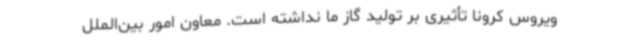
ویروس کرونا تأثیری بر تولید گاز ما نداشته است. معاون امور بین‌الملل